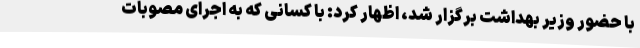
با حضور وزیر بهداشت برگزار شد، اظهار کرد: با کسانی که به اجرای مصوبات